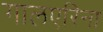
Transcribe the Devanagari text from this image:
गालएरिना